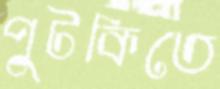
পুটকিতে